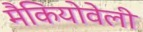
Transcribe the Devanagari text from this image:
मैकियोवेली